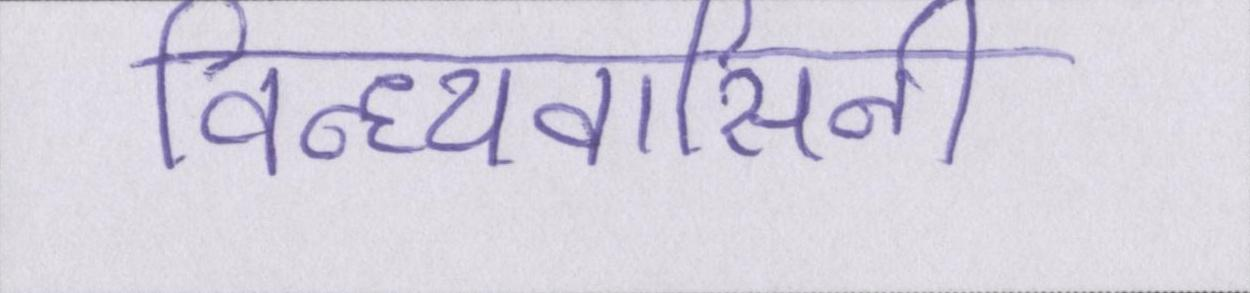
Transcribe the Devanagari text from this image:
विन्ध्यवासिनी